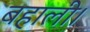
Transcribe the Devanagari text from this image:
बहाली।